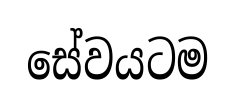
සේවයටම